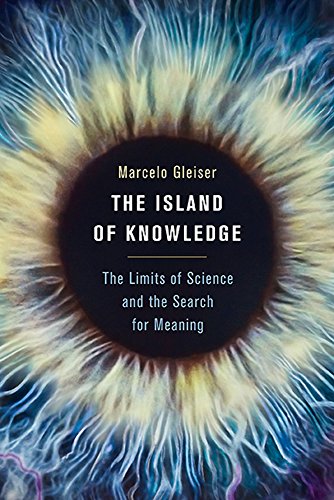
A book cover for The Island of Knowledge: The Limits of Science and the Search for Meaning; Marcelo Gleiser; Politics & Social Sciences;